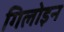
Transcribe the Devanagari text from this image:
गिलोइन